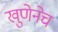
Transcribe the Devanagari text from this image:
खुणेनेच